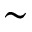
\sim